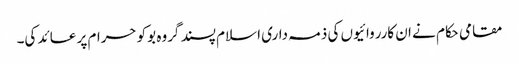
مقامی حکام نے ان کارروائیوں کی ذمہ داری اسلام پسند گروہ بوکو حرام پر عائد کی۔